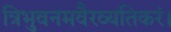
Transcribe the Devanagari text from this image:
त्रिभुवनमवैरव्यतिकरं।